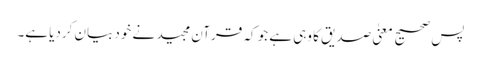
پس صحیح معنیٰ صدیق کا وہی ہے جو کہ قرآن مجید نے خود بیان کردیا ہے۔